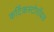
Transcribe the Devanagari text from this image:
कर्टिकस्टोरॉयड